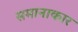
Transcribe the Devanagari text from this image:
समानाकार